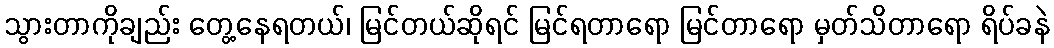
သွားတာကိုချည်း တွေ့နေရတယ်၊ မြင်တယ်ဆိုရင် မြင်ရတာရော မြင်တာရော မှတ်သိတာရော ရိပ်ခနဲ